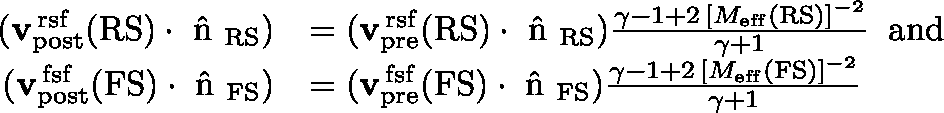
\begin{array} { r l } { ( { \mathbf { v } } _ { \mathrm { p o s t } } ^ { \mathrm { \, r s f } } ( \mathrm { R S } ) \cdot { \mathrm { \boldmath ~ \hat { n } ~ \unboldmath } } _ { \mathrm { R S } } ) } & { = ( { \mathbf { v } } _ { \mathrm { p r e } } ^ { \mathrm { \, r s f } } ( \mathrm { R S } ) \cdot { \mathrm { \boldmath ~ \hat { n } ~ \unboldmath } } _ { \mathrm { R S } } ) \frac { \gamma - 1 + 2 \, [ M _ { \mathrm { e f f } } ( \mathrm { R S } ) ] ^ { - 2 } } { \gamma + 1 } \; \; \mathrm { a n d } } \\ { ( { \mathbf { v } } _ { \mathrm { p o s t } } ^ { \mathrm { \, f s f } } ( \mathrm { F S } ) \cdot { \mathrm { \boldmath ~ \hat { n } ~ \unboldmath } } _ { \mathrm { F S } } ) } & { = ( { \mathbf { v } } _ { \mathrm { p r e } } ^ { \mathrm { \, f s f } } ( \mathrm { F S } ) \cdot { \mathrm { \boldmath ~ \hat { n } ~ \unboldmath } } _ { \mathrm { F S } } ) \frac { \gamma - 1 + 2 \, [ M _ { \mathrm { e f f } } ( \mathrm { F S } ) ] ^ { - 2 } } { \gamma + 1 } } \end{array}